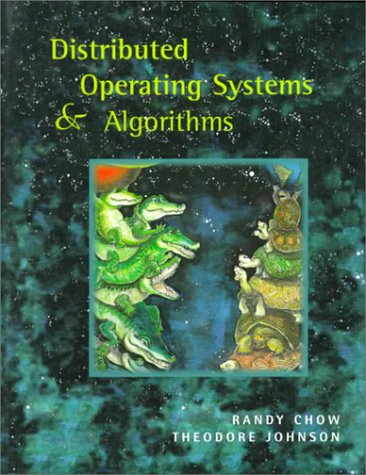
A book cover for Distributed Operating Systems & Algorithms; Randy Chow; Computers & Technology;